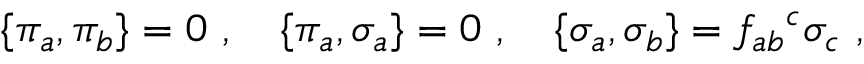
\{ \pi _ { a } , \pi _ { b } \} = 0 \ , \ \ \ \{ \pi _ { a } , \sigma _ { a } \} = 0 \ , \ \ \ \{ \sigma _ { a } , \sigma _ { b } \} = f _ { a b } { } ^ { c } \sigma _ { c } \ ,